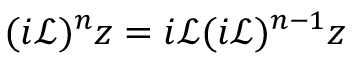
( i \mathcal { L } ) ^ { n } z = i \mathcal { L } ( i \mathcal { L } ) ^ { n - 1 } z